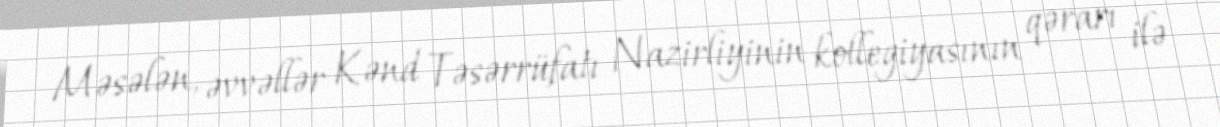
Məsələn, əvvəllər Kənd Təsərrüfatı Nazirliyinin kollegiyasının qərarı ilə